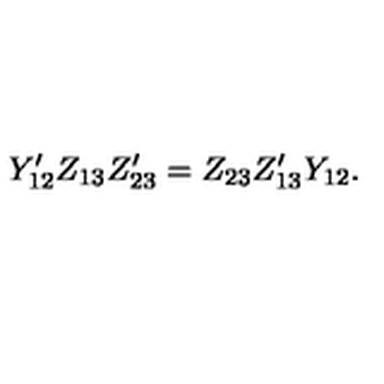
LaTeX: Y _ { 1 2 } ^ { \prime } Z _ { 1 3 } Z _ { 2 3 } ^ { \prime } = Z _ { 2 3 } Z _ { 1 3 } ^ { \prime } Y _ { 1 2 } .